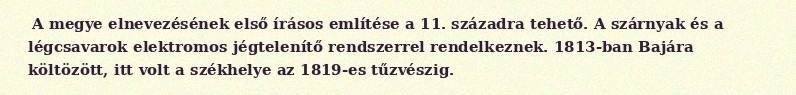
A megye elnevezésének első írásos említése a 11. századra tehető. A szárnyak és a légcsavarok elektromos jégtelenítő rendszerrel rendelkeznek. 1813-ban Bajára költözött, itt volt a székhelye az 1819-es tűzvészig.